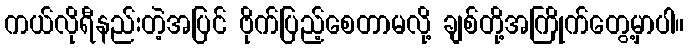
ကယ်လိုရီနည်းတဲ့အပြင် ဗိုက်ပြည့်စေတာမလို့ ချစ်တို့အကြိုက်တွေ့မှာပါ။